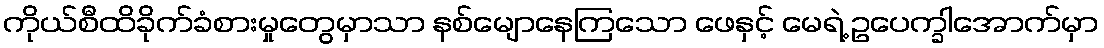
ကိုယ်စီထိခိုက်ခံစားမှုတွေမှာသာ နစ်မျောနေကြသော ဖေနှင့် မေရဲ့ ဥပေက္ခါအောက်မှာ